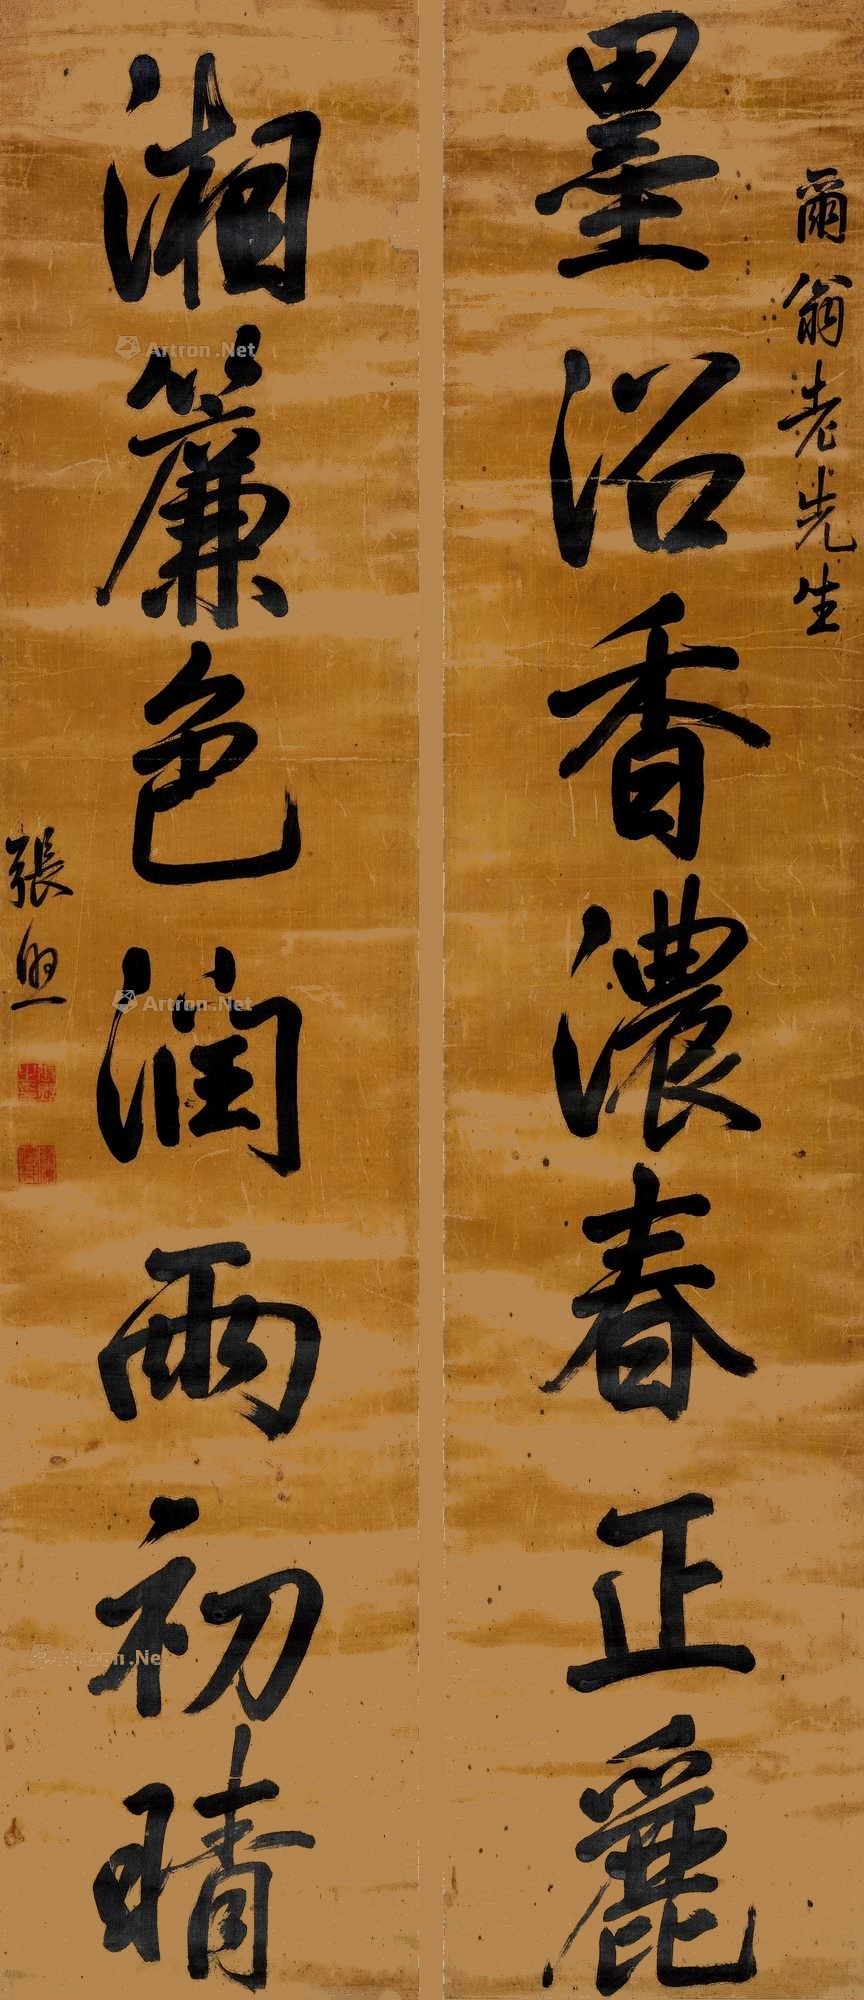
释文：墨沼香浓春正丽，湘帘色润雨初晴。尔翁老先生，张照。